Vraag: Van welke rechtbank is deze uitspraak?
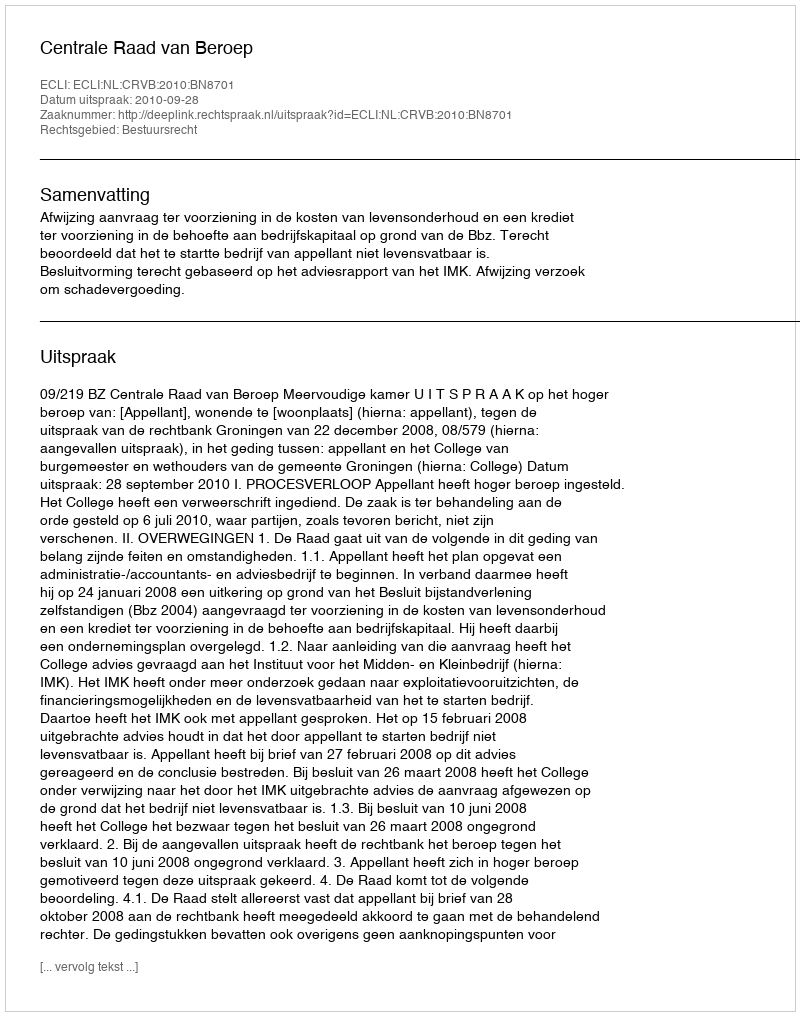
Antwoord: Centrale Raad van Beroep